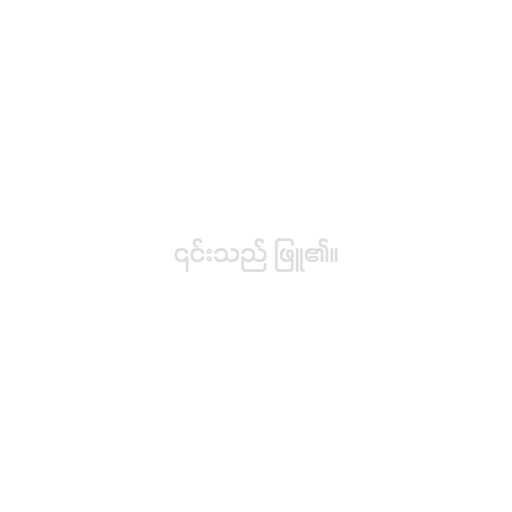
၎င်းသည် ဖြူ၏။